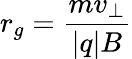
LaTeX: r_{g}={\frac{mv_{\perp}}{|q|B}}